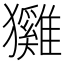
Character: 𤣕